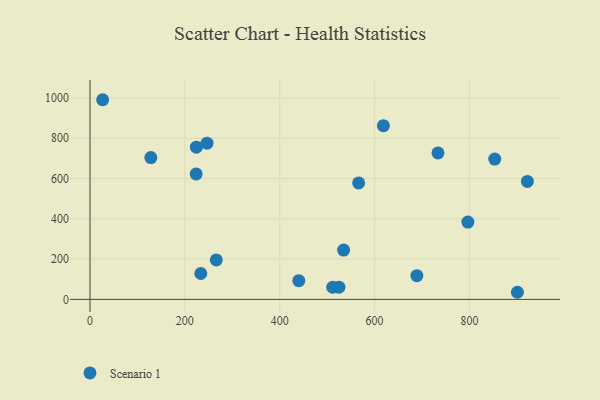
{"axis": {"x": "Engine Size", "y": "Salary"}, "legend": ["Scenario 1"], "data": [{"x": "233.6", "y": 128.6, "type": "Scenario 1"}, {"x": "224.3", "y": 755.5, "type": "Scenario 1"}, {"x": "440.2", "y": 92.7, "type": "Scenario 1"}, {"x": "266.2", "y": 195.8, "type": "Scenario 1"}, {"x": "26.6", "y": 991.0, "type": "Scenario 1"}, {"x": "853.3", "y": 696.3, "type": "Scenario 1"}, {"x": "534.7", "y": 244.7, "type": "Scenario 1"}, {"x": "733.6", "y": 726.7, "type": "Scenario 1"}, {"x": "511.6", "y": 60.3, "type": "Scenario 1"}, {"x": "223.8", "y": 622.5, "type": "Scenario 1"}, {"x": "128.3", "y": 703.7, "type": "Scenario 1"}, {"x": "689.1", "y": 117.6, "type": "Scenario 1"}, {"x": "524.8", "y": 60.4, "type": "Scenario 1"}, {"x": "246.7", "y": 775.3, "type": "Scenario 1"}, {"x": "922.1", "y": 585.5, "type": "Scenario 1"}, {"x": "618.6", "y": 862.3, "type": "Scenario 1"}, {"x": "901.1", "y": 35.3, "type": "Scenario 1"}, {"x": "796.6", "y": 383.5, "type": "Scenario 1"}, {"x": "566.4", "y": 578.0, "type": "Scenario 1"}]}